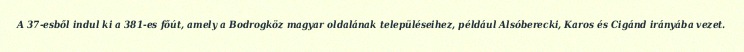
A 37-esből indul ki a 381-es főút, amely a Bodrogköz magyar oldalának településeihez, például Alsóberecki, Karos és Cigánd irányába vezet.